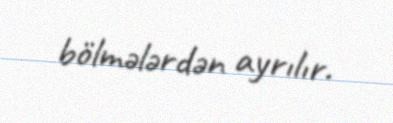
bölmələrdən ayrılır.